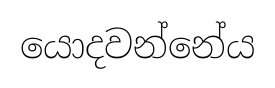
යොදවන්නේය